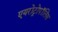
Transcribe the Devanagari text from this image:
एयरोट्रोपॉलिस